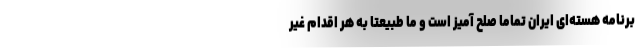
برنامه هسته‌ای ایران تماما صلح آمیز است و ما طبیعتا به هر اقدام غیر